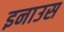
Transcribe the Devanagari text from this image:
इनाउस